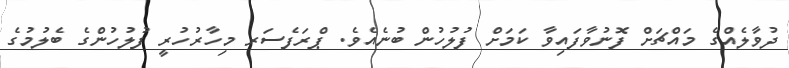
ދުވާލެއްގެ މައްޗަށް ފޮނުވާފައިވާ ކަމަށް ފުލުހުން ބުނެއެވެ. ޕްރަފެސަރ މިހާރުހުރީ ފުލުހުންގެ ބެލުމުގެ